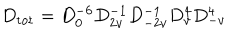
LaTeX: D _ { \mathrm { t o t } } = D _ { 0 } ^ { - 6 } D _ { 2 v } ^ { - 1 } D _ { - 2 v } ^ { - 1 } D _ { v } ^ { 4 } D _ { - v } ^ { 4 }